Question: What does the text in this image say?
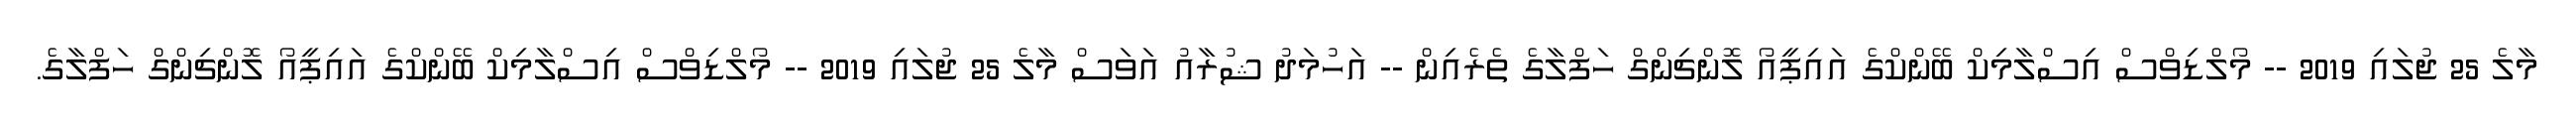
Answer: މާލެ 25 ޖުލައި 2019 -- މޯލްޑިވްސް އިސްލާމިކް ބޭންކްގެ އައިޕީއޯ ލޮންޗިންގް ހަފްލާގެ ތެރެއިން -- އަހުމަދު ޝުރާއު އަވަސް މާލެ 25 ޖުލައި 2019 -- މޯލްޑިވްސް އިސްލާމިކް ބޭންކްގެ އައިޕީއޯ ލޮންޗިންގް ހަފްލާގެ.